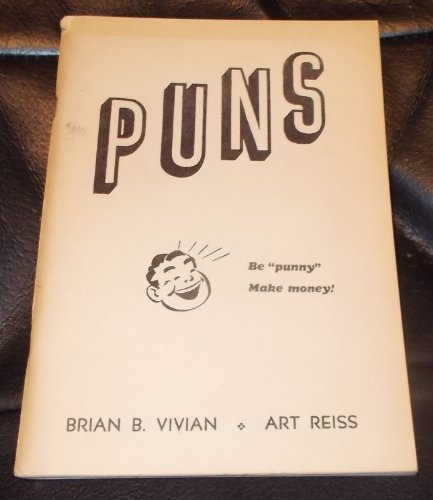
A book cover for Puns: 3000 selected wisecracks and other "punny" expressions usuable in jingle, limerick, slogan and statement contests; Brian B Vivian; Humor & Entertainment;